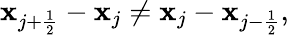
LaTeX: \mathbf{x}_{j+\frac{{1}}{{2}}}-\mathbf{x}_{j}\ne\mathbf{x}_{j}-\mathbf{x}_{j-\frac{{1}}{{2}}},